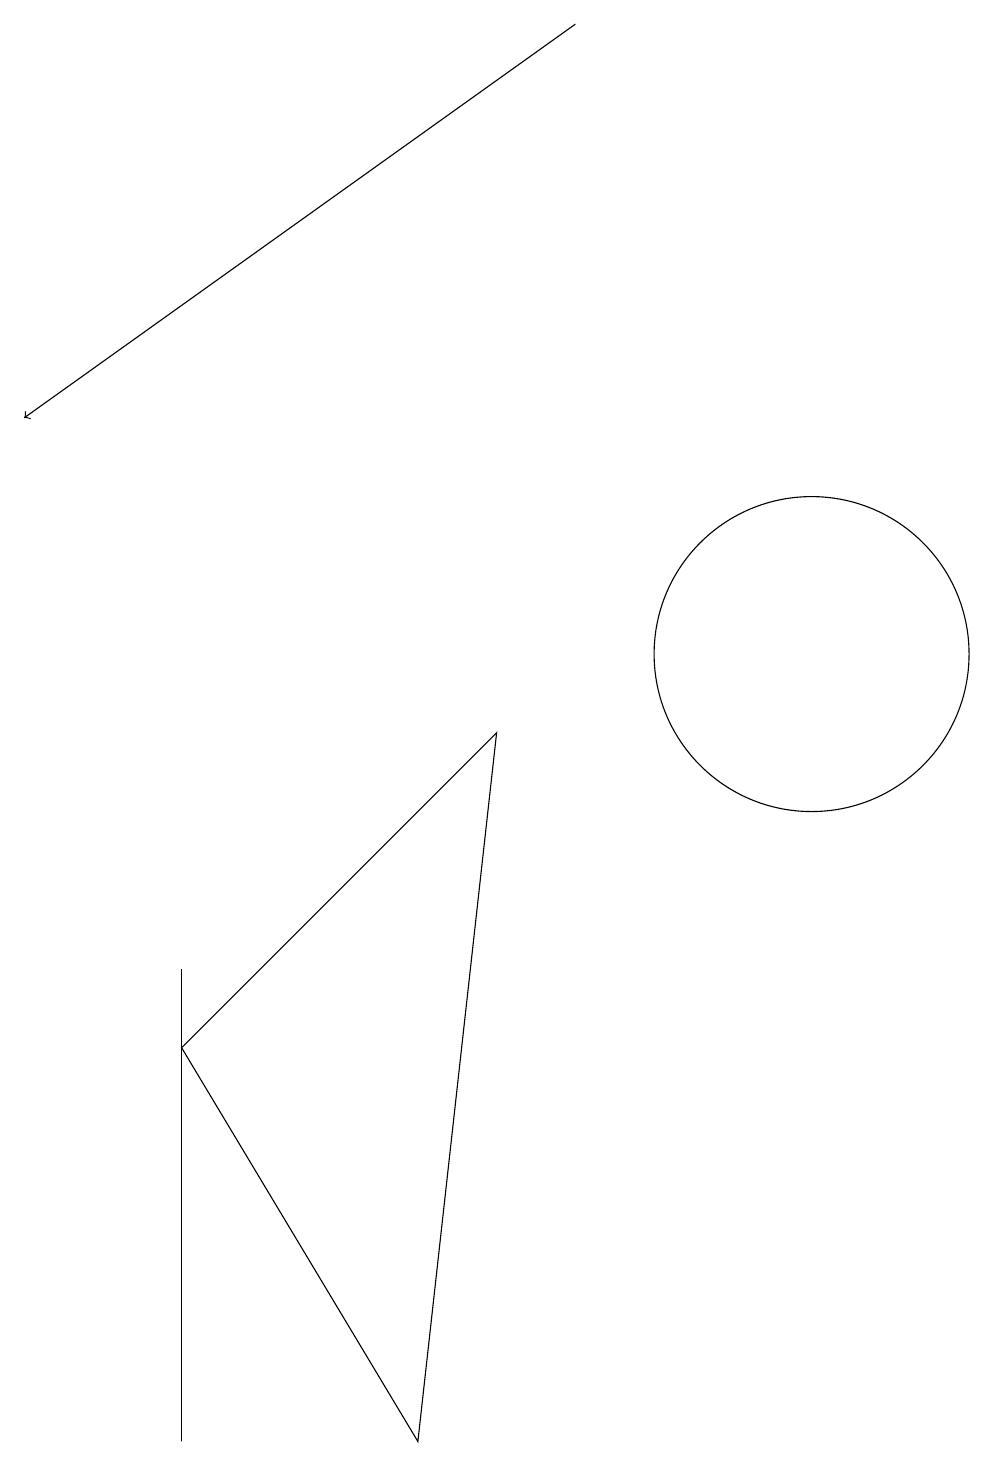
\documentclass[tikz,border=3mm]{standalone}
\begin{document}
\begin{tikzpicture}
\draw (3,5) -- (6,0) -- (7,9) -- cycle;
\draw (11,10) circle (2);
\draw[->] (8,18) -- (1,13);
\draw (3,0) -- (3,6) -- (3,3) -- cycle;
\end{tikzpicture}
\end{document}